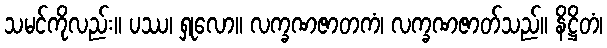
သမင်ကိုလည်း။ ပဿ၊ ရှုလော။ လက္ခဏဇာတကံ၊ လက္ခဏဇာတ်သည်။ နိဋ္ဌိတံ၊